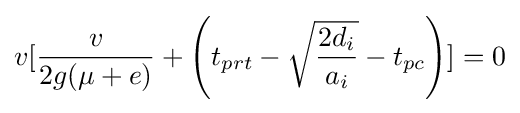
v[{\frac {v}{2g(\mu +e)}}+\left(t_{prt}-{\sqrt {\frac {2d_{i}}{a_{i}}}}-t_{pc}\right)]=0